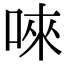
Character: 唻